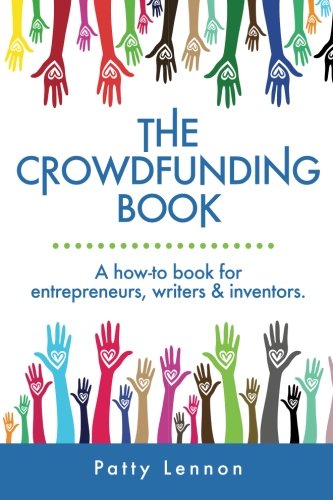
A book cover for The Crowdfunding Book: A How-to Book for Entrepreneurs, Writers, and Inventors; Patty Lennon; Business & Money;